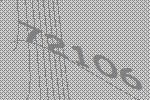
72106